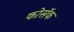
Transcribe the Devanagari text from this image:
कोसॅक